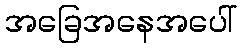
အခြေအနေအပေါ်